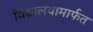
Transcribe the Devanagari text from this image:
विद्यालयामार्फत